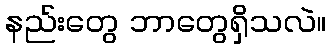
နည်းတွေ ဘာတွေရှိသလဲ။